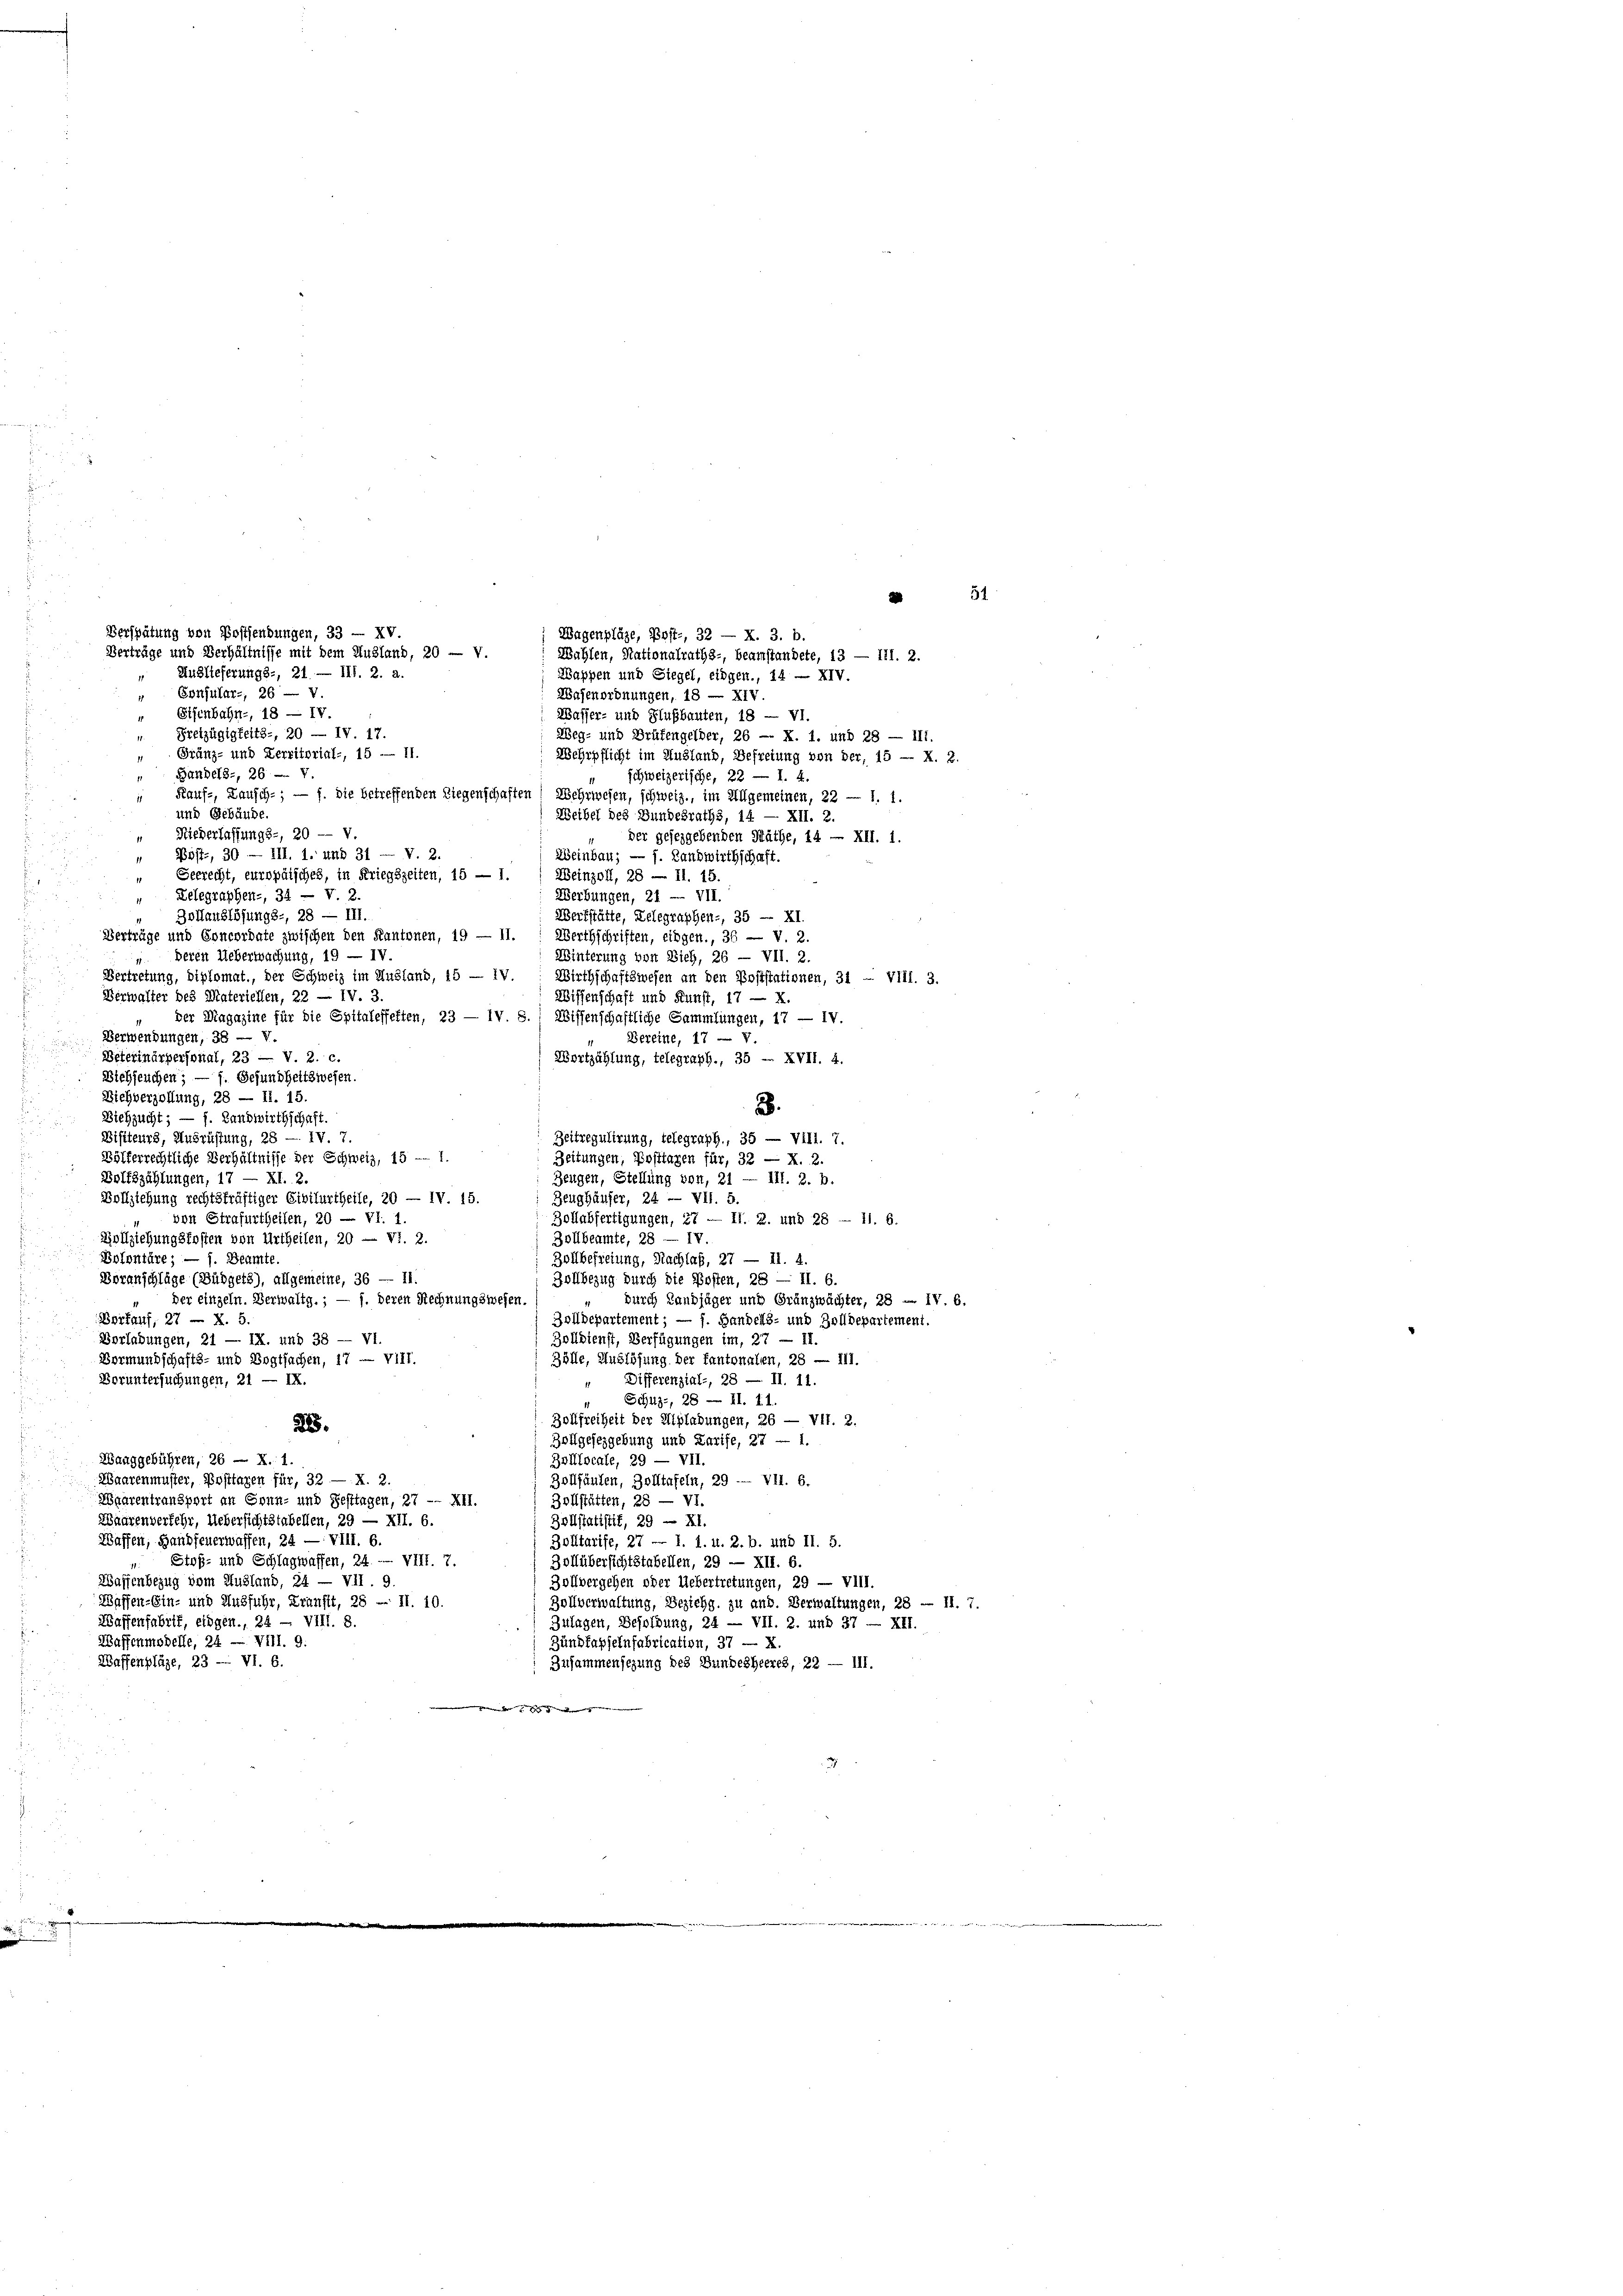
du einer

Verspätung von Postendungen, 33 — XV.
Wagenpläze, Post-, 32 — X. 3. b.
Verträge und Verhältnisse mit dem Ausland, 20 — v.
Wahlen, Rationalraths-, Beamstandete, 13 — 111. 2.
Auslieferungs-, 21. — III. 2. a.
Wappen und Siegel, eingen., 14 — XIV.
Consular-, 26 — V.

54
Wasenordnungen, 18 — XIV.
Eisenbahn-, 18 — IV.
Wasser- und Flußbauten, 18 — VI.
Sreizügigkeits-, 20 — IV. 17.
Weg- und Brüfengelder, 26 -- X. 1. und 28 — III.
Gränz- und Territorial-, 15 — 11.
Wehrpflicht im Ausland, Befreiung von der, 15 — X. 2.
Bandels-, 26 - 4
schweizerische, 22 — 1. 4.
 Kauf-, Lausch-; — f. die betreffenden Liegenschaften Wehrwesen, schweiz., im Allgemeinen, 22 — 1. 1.
und Gebäude.
Weibel des Bundesraths, 14 — XII. 2.
Niederlaffungs-, 20 — v.
der gesezgebenden Räthe, 14 - XII. 1.
Böstr, 30 — III. 1. und 31 — V. 2.
Weinbau; — f. Landwirthschaft.
Weinzoll, 28 — II. 15.
Geerecht, europäisches, in Kriegszeiten, 15 — 1.
Zelegraphen-, 34 — V. 2.
Werbungen, 21 — VII.
Bollauslösungs-, 28 — III.
Werkstätte, Zelegraphen-, 35 - XI.
Verträge und Concordate zwischen den Kantonen, 19 — 11
Werthschriften, eingen., 36 — V. 2.
" deren Ueberwachung, 19 — IV.
Winterung von Zieh, 26 — VII. 2.
Vertretung, diplomat., der Schweiz im Ausland, 15 — IV. Wirthschaftswesen an den Poststationen, 31 - VIII. 3.
Verwalter des Materiellen, 22 — IV. 3.
Wissenschaft und Kunst, 17 — X.
der Magazine für die Spitaleffetten, 23 — IV. S. Wissenschaftliche Sammlungen, 17 — IV.
11
Verwendungen, 38 — V.
Bereine, 17 — V.
Beterinärpersonal, 23 — V. 2. c.
Wortzählung, telegraph., 35 - XVII. 4.
Biehseuchen; — f. Gesundheitswesen.
Wiehverzollung, 28 — II. 15.
B.
Diehzucht; — f. Landwirthschaft.
Bisiteurs, Ausrüstung, 28 — IV. 7.
Zeitregulirung, telegraph., 35 — VIII. 7.
Bölferrechtliche Verhältnisse der Schweiz, 15 — 1.
Zeitungen, Posttagen für, 32 — X. 2.
Bolfszählungen, 17 — XI. 2.
Zeugen, Stellung von, 21 — III. 2. b.
Vollziehung rechtskräftiger Civilurtheile, 20 — IV. 15.
Zeughäuser, 24 — VII. 5.
von Strafurtheilen, 20 — VI. 1.
Zollabfertigungen, 27 — II. 2. und 28 - 11. 6.
Zollbeamte, 28 — IV.
Vollziehungskosten von Urtheilen, 20 — VI. 2.
Bolontäre; — 1. Beamte.
Zollbefreiung, Nachlaf, 27 — II. 4.
Boranschläge (Büdgets), allgemeine, 36 — 11.
Zollbezug durch die Kosten, 28 — II. 6.
durch Landjäger und Gränzwächter, 28 - IV. 6.
der einzeln. Verwaltg.; — f. deren Rechnungswesen.
Berfauf, 27 — X. 5.
Zolldepartement; — f. Handels- und Zolldepartement.
Zolldienst, Verfügungen im, 27 — II.
Verlabungen, 21 — IX. und 38 — VI.
Vormundschafts- und Vogtsachen, 17 - VIII.
Zölle, Auslösung der fantonallen, 28 — 111.
Differenzial-, 28 — II. 11.
Voruntersuchungen, 21 — IX.
Schutz-, 28 — II. 11.
Zollfreiheit der Einladungen, 26 — VII. 2.
285.
Zollgesezgebung und Karife, 27 — 1.
Zanggebühren, 26 — X. 1.
Boillocale, 29 — VII.
Waarenmuster, Posttagen für, 32 — X. 2.
Zollfänden, Zolltafeln, 29 — VII. 6.
Waarentransport an Sonn- und Festtagen, 27 -- XII.
Zollstätten, 28 — VI.
Waarenverkehr, Uebersichtstabellen, 29 — XII. 6.
Zollstatistik, 29 — XI.
Waffen, Handfeuerwaffen, 24 — VIII. 6.
Zolltarife, 27 — 1. 1. u. 2. b. und II. 5.
Stoß- und Schlagwaffen, 24. -- VIII. 7.
Bollübersicht stabellen, 29 — XII. 6.
Waffenbezug vom Husland, 24 — VII. 9.
Zollbergehen oder Uebertretungen, 29 — VIII.
Waffen-Ein- und Ausfuhr, Kranftt, 28 - II. 10.
Zollverwaltung, Beziehg. zu anb. Verwaltungen, 28 — II. 7.
Waffenfabrif, eidgen., 24 - VIII. 8.
Zulagen, Besoldung, 24 — VII. 2. und 37 — XII.
Waffenmodelle, 24 — Vill. 9.
Zündfapselnfabrication, 37 — X.
Waffenpläge, 23 — VI. 6.
Zusammensezung des Bundesheeres, 22 — III.
me der

d